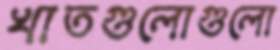
খাতগুলোগুলো